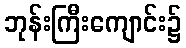
ဘုန်းကြီးကျောင်း၌